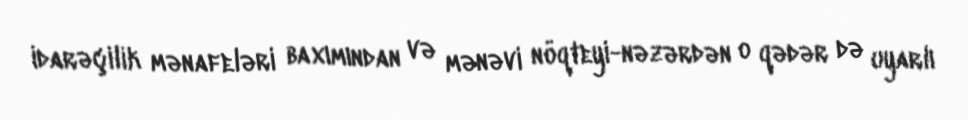
idarəçilik mənafeləri baxımından və mənəvi nöqteyi-nəzərdən o qədər də uyarlı